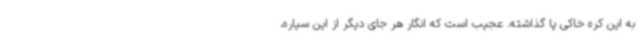
به این کره خاکی پا گذاشته. عجیب است که انگار هر جای دیگر از این سیاره،